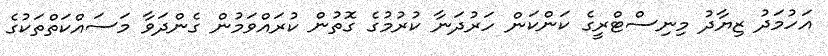
އަހުމަދު ޒިޔާދު މިނިސްޓްރީގެ ކަންކަން ހަރުދަނާ ކުރުމުގެ ގޮތުން ކުރައްވަމުން ގެންދަވާ މަސައްކަތްތަކުގެ